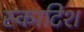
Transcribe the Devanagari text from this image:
स्‍काटिश